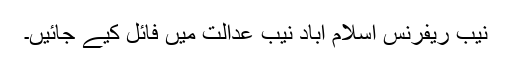
نیب ریفرنس اسلام آباد نیب عدالت میں فائل کیے جائیں۔